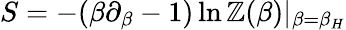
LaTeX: S=-(\beta\partial_{\beta}-1)\ln\mathbb{Z}(\beta)|_{\beta=\beta_{H}}